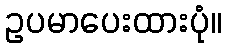
ဥပမာပေးထားပုံ။